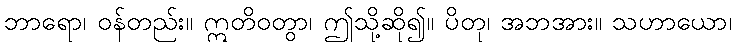
ဘာရော၊ ဝန်တည်း။ ဣတိဝတွာ၊ ဤသို့ဆို၍။ ပိတု၊ အဘအား။ သဟာယော၊